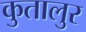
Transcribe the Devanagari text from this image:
कुतालुर